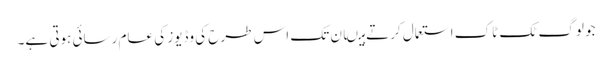
جو لوگ ٹک ٹاک استعمال کرتے ہیںان تک اس طرح کی وڈیوز کی عام رسائی ہوتی ہے۔